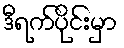
ဒီရက်ပိုင်းမှာ